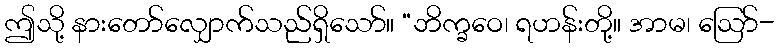
ဤသို့ နားတော်လျှောက်သည်ရှိသော်။ “ဘိက္ခဝေ၊ ရဟန်းတို့။ အာမ၊ ဩော်-